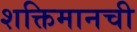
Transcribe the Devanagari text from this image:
शक्तिमानची